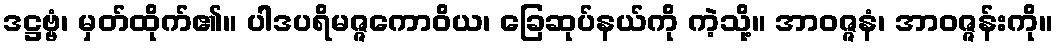
ဒဋ္ဌဗ္ဗံ၊ မှတ်ထိုက်၏။ ပါဒပရိမဇ္ဇကောဝိယ၊ ခြေဆုပ်နယ်ကို ကဲ့သို့။ အာဝဇ္ဇနံ၊ အာဝဇ္ဇန်းကို။